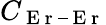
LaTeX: C_{\mathrm{~E~r~–~E~r~}}